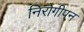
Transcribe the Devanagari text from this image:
निरोगीपन